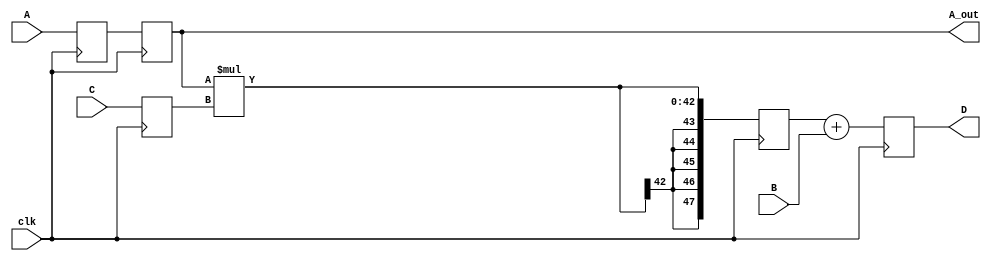
`timescale 1ns / 1ps


// DSP48 MODULE FOR SYSTOLIC FIR FILTER

module dsp48
#(
	parameter delay=2
)(
    input wire clk,
    input wire          [17:0] A,           // input data in
    input wire signed   [47:0] B,           // previous result input
    input wire signed   [24:0] C,           // coeff in
    output wire signed  [17:0] A_out,       // systolic, so input data needs to go further
    output wire signed  [47:0] D            // result out
    );


    // DATA IN DELAY
    reg signed [17:0] A_del[delay-1:0];
	genvar j;
	generate
	for(j=0; j<delay; j = j + 1)
	begin
		always @ (posedge clk)
		begin
			if(j==0) begin
				A_del[j]<=A;
			end else
				A_del[j]<=A_del[j-1];
		end
    end
    
    endgenerate
    assign A_out = A_del[delay-1];


    // COEFFICIENT REGISTER
    reg signed [24:0] C_reg;

    always @ (posedge clk)
    begin
        C_reg <= C;
    end


    // MULTIPLIER
    reg signed [47:0] mul;

    always @ (posedge clk)
    begin
        mul <= A_del[delay-1] * C_reg;
    end


    // ADDER
    reg signed [47:0] adder;

    always @ (posedge clk)
    begin
        adder <= mul + B;
    end
    assign D = adder;

endmodule